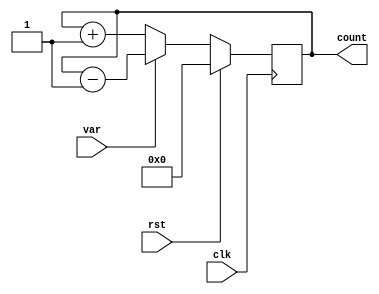
module up_down(clk,rst,var,count);
input clk,rst,var;
output[3:0] count;
reg[3:0] count_ud;

always@(posedge clk)begin
    if(rst)
    count_ud<=4'h0;
    else if(~var)
    count_ud<=count_ud+4'h1;
    else
    count_ud<=count_ud-4'h1;
end
assign count=count_ud;
endmodule